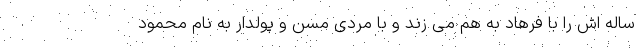
ساله اش را با فرهاد به هم می زند و با مردی مسن و پولدار به نام محمود